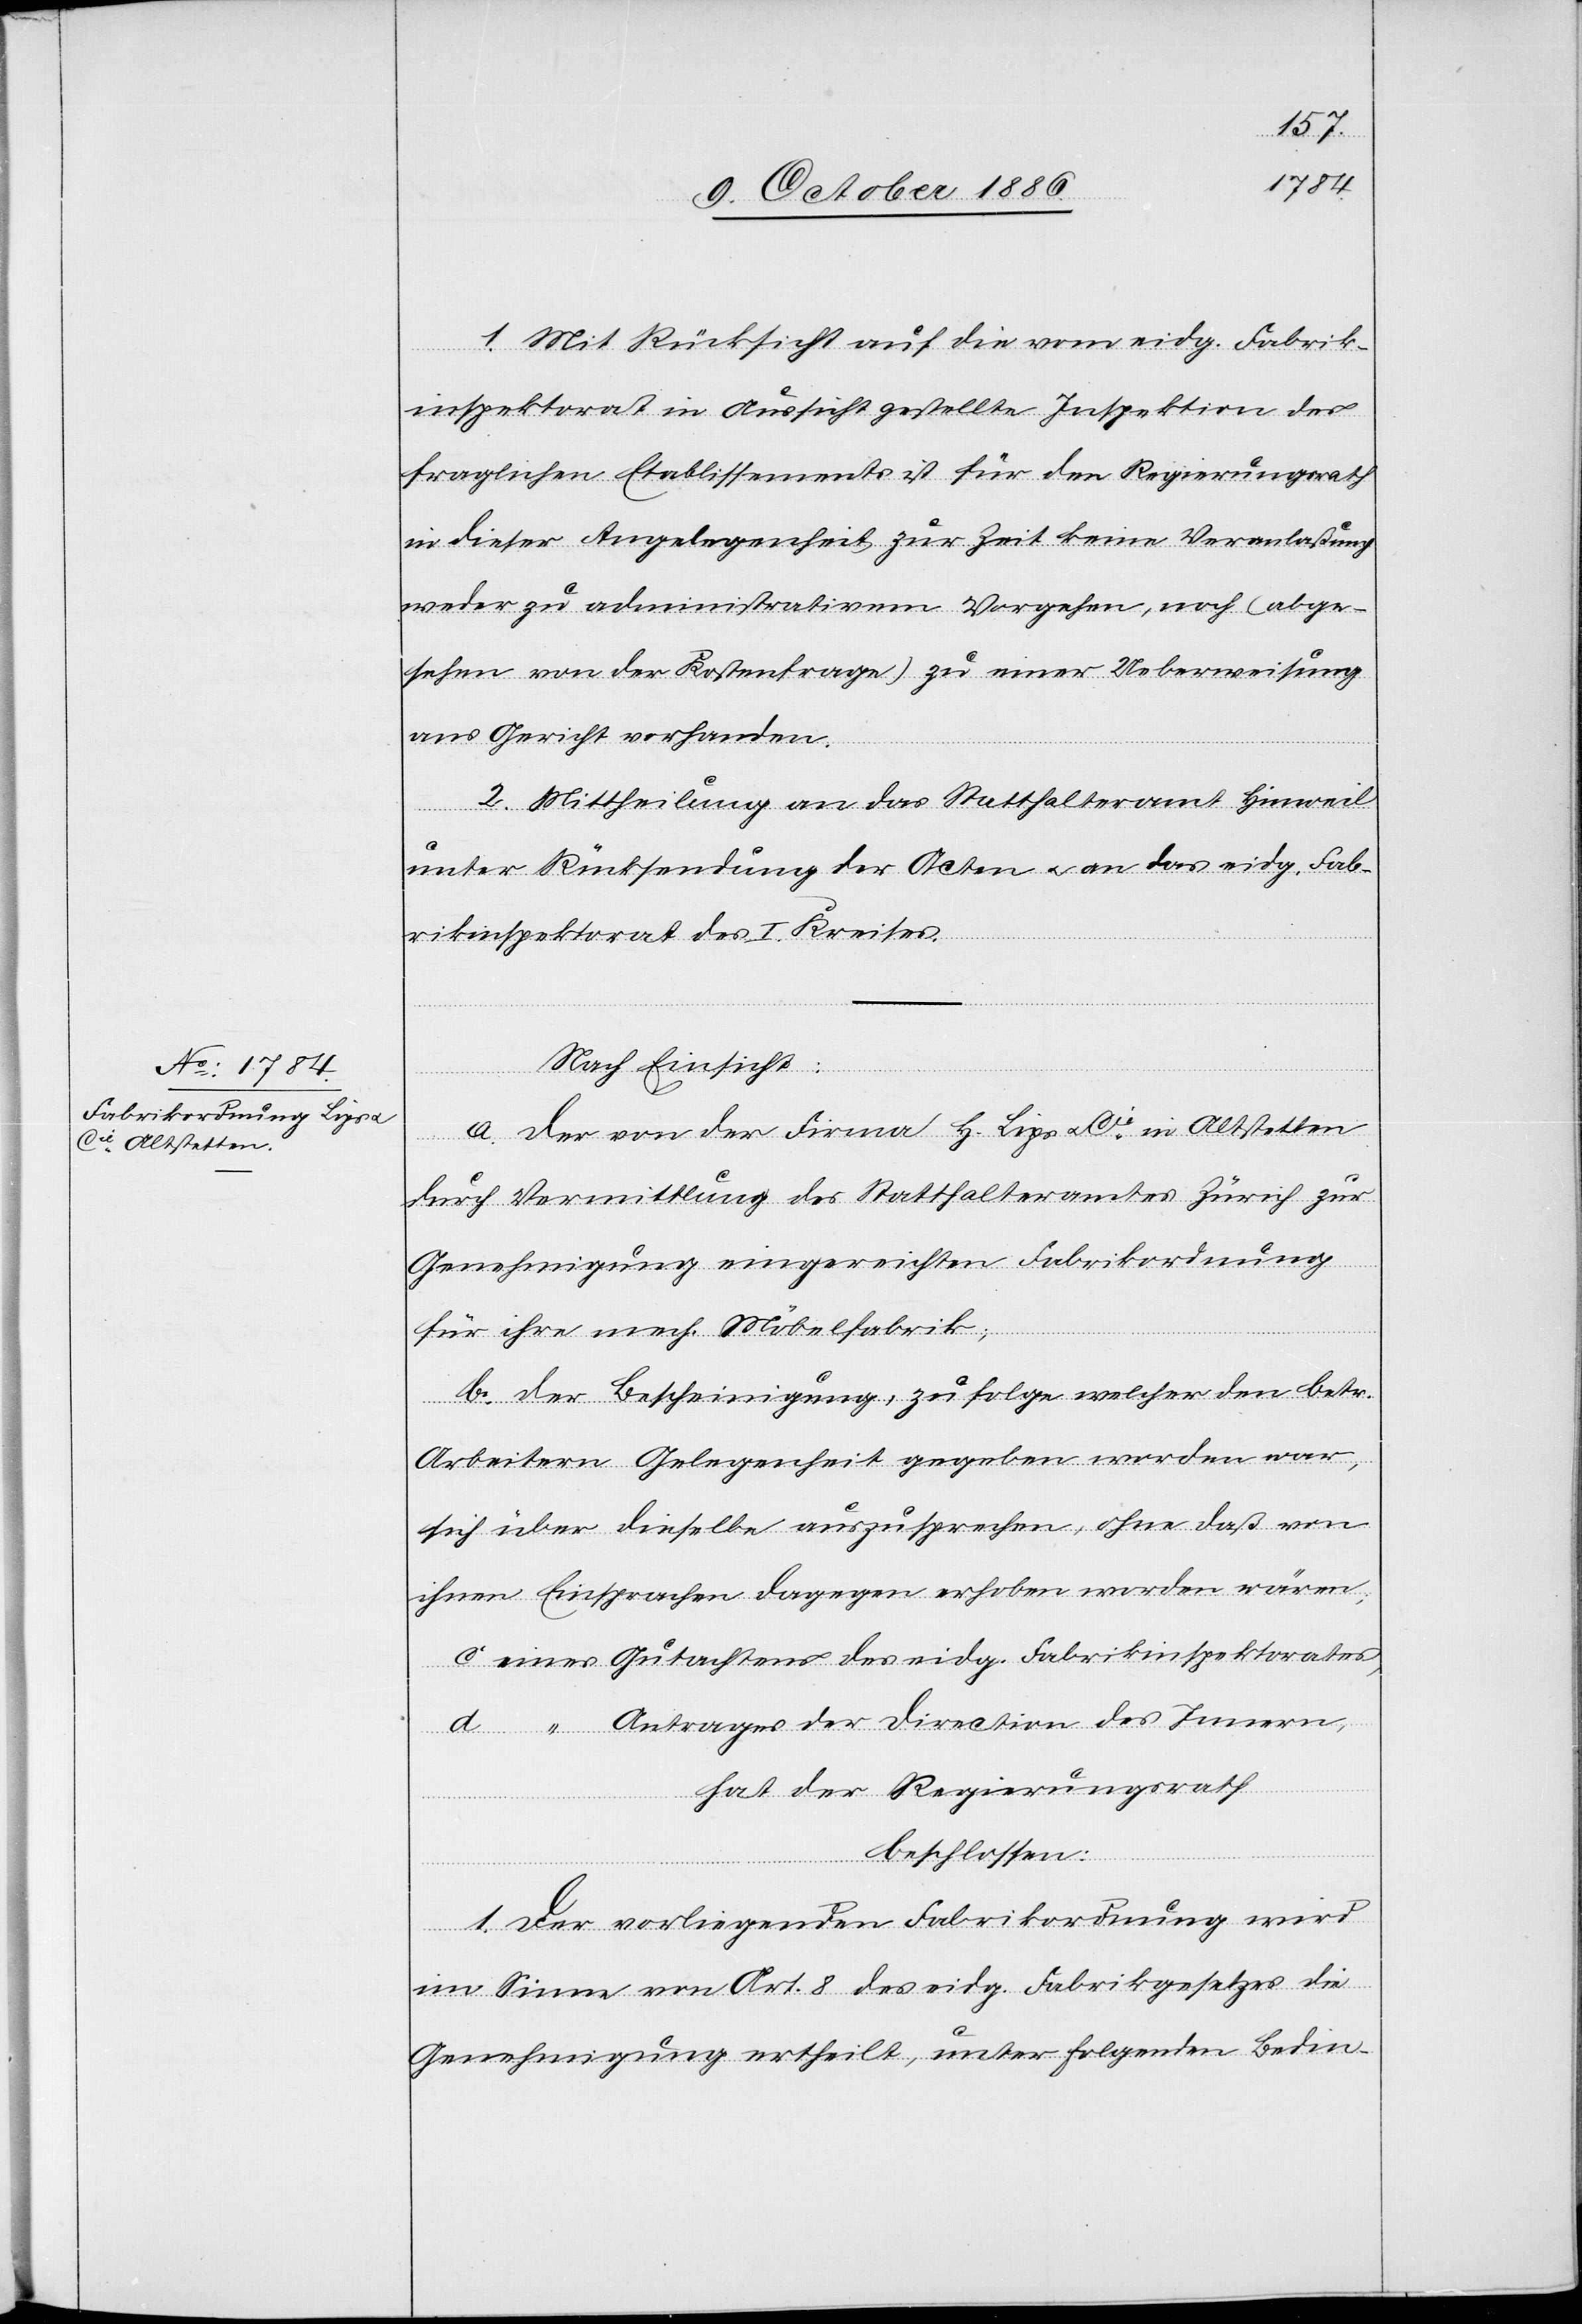
1. Mit Rücksicht auf die vom eidg. Fabrik¬
inspektorat in Aussicht gestellte Inspektion des
fraglichen Etablissements ist für den Regierungsrath
in dieser Angelegenheit zur Zeit keine Veranlaßung
weder zu administrativem Vorgehen, noch (abge¬
sehen von der Kostenfrage) zu einer Ueberweisung
ans Gericht vorhanden.
2. Mittheilung an das Statthalteramt Hinweil
unter Rücksendung der Acten & an das eidg. Fab¬
rikinspektorat des I. Kreises.
Nach Einsicht:
a. der von der Firma H. Lips & Cie in Altstetten
durch Vermittlung des Statthalteramtes Zürich zur
Genehmigung eingereichten Fabrikordnung
für ihre mech. Möbelfabrik;
b. der Bescheinigung, zufolge welcher den betr.
Arbeitern Gelegenheit gegeben worden war,
sich über dieselbe auszusprechen, ohne daß von
ihnen Einsprachen dagegen erhoben worden wären;
c. eines Gutachtens des eidg. Fabrikinspektorates;
d. “ Antrages der Direction des Innern,
hat der Regierungsrath
beschlossen:
1. Der vorliegenden Fabrikordnung wird
im Sinne von Art. 8 des eidg. Fabrikgesetzes die
Genehmigung ertheilt, unter folgenden Bedin-